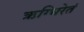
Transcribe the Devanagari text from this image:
ऋग्भिरेतं